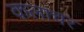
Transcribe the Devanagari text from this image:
कलाचर